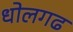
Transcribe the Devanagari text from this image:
धोलगढ